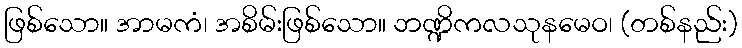
ဖြစ်သော။ အာမကံ၊ အစိမ်းဖြစ်သော။ ဘဏ္ဍိကလသုနမေဝ၊ (တစ်နည်း)